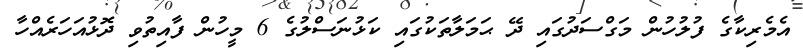
އެމެރިކާގެ ފުލުހުން މަގްސަދުގައި ދޭ ޙަމަލާތަކުގައި ކަޅުނަސްލުގެ 6 މީހުން ފާއިތުވި ދޮޅުއަހަރެއްހާ